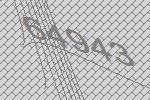
64943